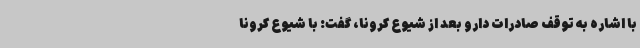
با اشاره به توقف صادرات دارو بعد از شیوع کرونا، گفت: با شیوع کرونا